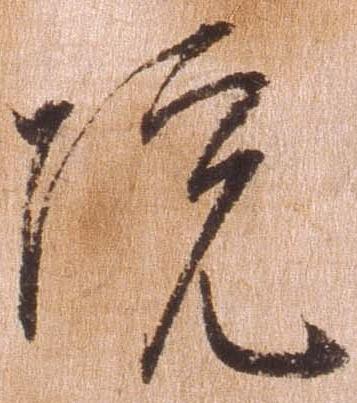
院